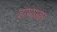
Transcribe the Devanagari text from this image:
दाण्यावर